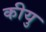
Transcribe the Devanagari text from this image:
कीयु